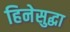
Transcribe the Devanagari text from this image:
हिनेसुद्धा